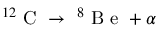
^ { 1 2 } \mathrm { ~ C ~ } \to \ ^ { 8 } \mathrm { ~ B ~ e ~ } + \alpha